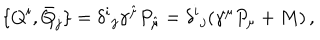
{ } \{ Q ^ { i } , \bar { Q } _ { j } \} = \delta ^ { i } { } _ { j } \gamma ^ { \hat { \mu } } P _ { \hat { \mu } } = \delta ^ { i } { } _ { j } ( \gamma ^ { \mu } P _ { \mu } + M ) \, ,